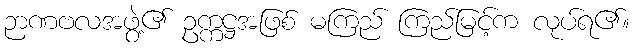
ဉာဏဗလအဖွဲ့၏ ဥက္ကဋ္ဌအဖြစ် မကြည် ကြည်မြင့်က လုပ်ရ၏။